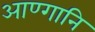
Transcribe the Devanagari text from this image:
आण्गानि